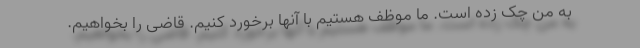
به من چک زده است. ما موظف هستیم با آنها برخورد کنیم. قاضی را بخواهیم.